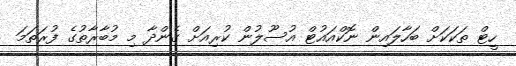
ހީޓް ތަކަކަށް ބަހާލައިން ނޮކްއައުޓް އުސޫލުން ކުރިއަށް ގެންދާ މި މުބާރާތުގެ ފުރަތަމަ